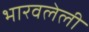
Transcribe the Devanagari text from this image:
भारवलेली